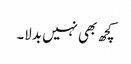
کچھ بھی نہیں بدلا۔